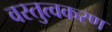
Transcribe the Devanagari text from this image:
वस्तुत्वकरण